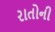
રાતોની